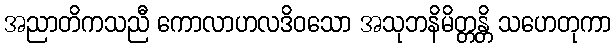
အညာတိကသညီ ကောလာဟလဒိဝသော အသုဘနိမိတ္တန္တိ သဟေတုကာ